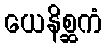
ယေနိစ္ဆကံ